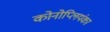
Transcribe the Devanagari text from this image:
कोनोप्लियंका